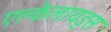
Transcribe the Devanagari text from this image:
एल्केलायड्स